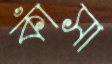
কাঁসা